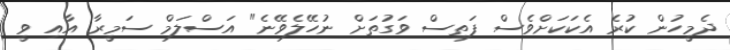
ދެމީހުން ކުރެ އެކަކަށްވެސް ފަތިސް ވަގުތަށް ނުހޭލެވޭނެ" އަސްލަމް ސަމީރާ އާއި ވީ